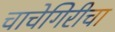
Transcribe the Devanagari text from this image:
चाचेगिरीचा